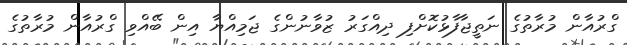
ގްރުއާން މުރާތުގެ ނަތީޖާފާޅުކޮށްފި ދިއްގަރު ޒުވާނުންގެ ޖަމިއްޔާ އިން ބޭއްވި ގްރުއާން މުރާތުގެ